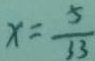
x = \frac { 5 } { 3 3 }